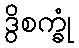
ဒွိစက္ခုံ